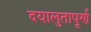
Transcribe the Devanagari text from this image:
दयालुतापूर्ण